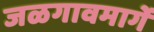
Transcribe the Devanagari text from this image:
जळगावमार्गे